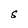
Character: S